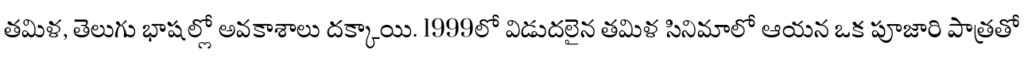
తమిళ, తెలుగు భాషల్లో అవకాశాలు దక్కాయి. 1999లో విడుదలైన తమిళ సినిమాలో ఆయన ఒక పూజారి పాత్రతో